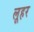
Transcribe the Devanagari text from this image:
लूहर